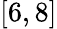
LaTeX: [6,8]